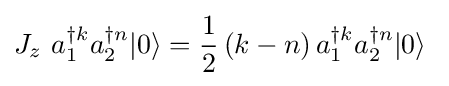
J_{z}~a_{1}^{\dagger k}a_{2}^{\dagger n}|0\rangle ={\frac {1}{2}}\left(k-n\right)a_{1}^{\dagger k}a_{2}^{\dagger n}|0\rangle ~